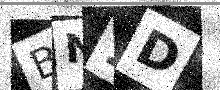
Text: BN1D